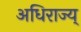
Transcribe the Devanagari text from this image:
अधिराज्य्